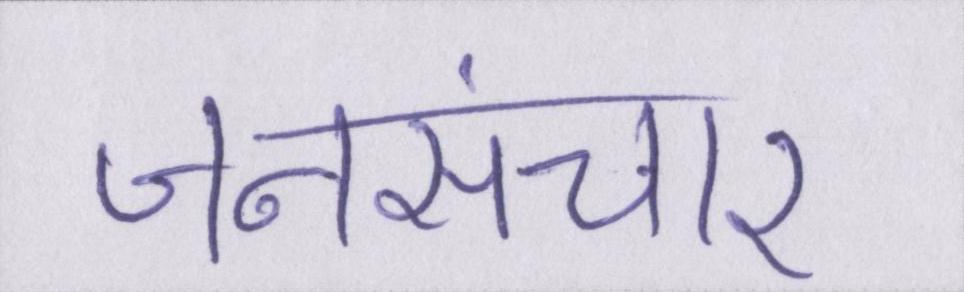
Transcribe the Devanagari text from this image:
जनसंचार